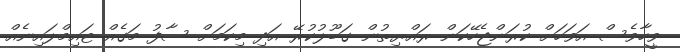
ވީހާވެސް އަވަހަށް ކުރަންޖެހޭކަން ރައްޔިތުން ގަބޫލުކުރޭ އަދި މިކަމަށް ސާފު މަގެއް ޓައިމްލައިނެއް